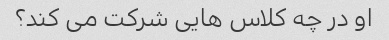
او در چه کلاس هایی شرکت می کند؟